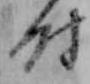
時